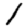
Digit: 1